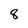
Character: 8